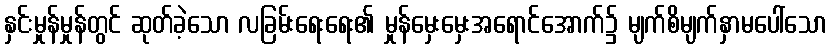
နှင်းမှုန်မှုန်တွင် ဆုတ်ခဲ့သော လခြမ်းရေးရေး၏ မှုန်မှေးမှေးအရောင်အောက်၌ မျက်စိမျက်နှာမပေါ်သော